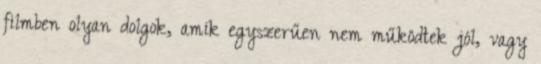
filmben olyan dolgok, amik egyszerűen nem működtek jól, vagy